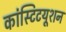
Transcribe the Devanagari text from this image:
कांस्टिटयूशन